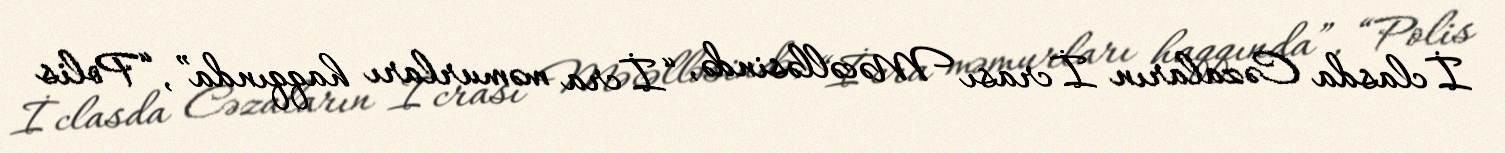
İclasda Cəzaların İcrası Məcəlləsində, “İcra məmurları haqqında”, “Polis